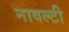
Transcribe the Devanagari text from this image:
नावल्‍टी